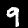
Label: 9